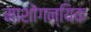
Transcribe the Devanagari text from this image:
माशोंगन्यिक